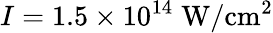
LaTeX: I=1.5\times 10^{14}\mathrm{\; W/cm^{2}}